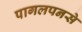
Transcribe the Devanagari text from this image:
पागलपनसे